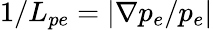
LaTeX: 1/L_{pe}=|\nabla p_{e}/p_{e}|